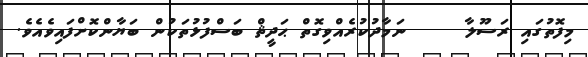
މިފޮތުގައި ރަސޫލާ     ނަމާދުކުރެއްވިގޮތް ޙަދީޘް ބަސްފުޅުތަކުން ބަޔާންކޮށްފައިވެއެވެ.